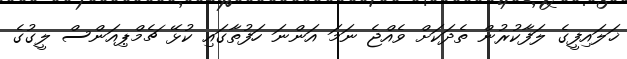
ޚަލައިފީގެ ލަފާކުރުން ތެދަކަށް ވެއްޖެ ނަމަ އަންނަ ހަފުތާގައި ކުޅޭ ޗެމްޕިއަންސް ލީގުގެ